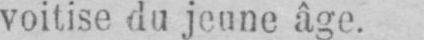
voitise du jeune âge.